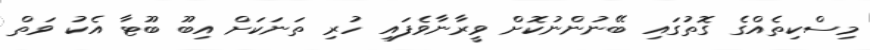
މިސްކިތެއްގެ ގޮތުގައި ބޭނުންނުކޮށް ވީރާނާވެފައި ހުރި ތަނަކަށް އިބޫ ބޫޓާ އެކު ވަތް